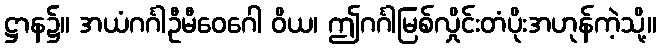
ဋ္ဌာန၌။ အယံဂင်္ဂါဦမီဝေဂေါ ဝိယ၊ ဤဂင်္ဂါမြစ်လှိုင်းတံပိုးအဟုန်ကဲ့သို့။